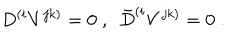
D ^ { ( i } V ^ { j k ) } = 0 \; , \ \ \bar { D } ^ { ( i } V ^ { j k ) } = 0 \; .